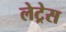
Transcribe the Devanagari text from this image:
लेट्रेस